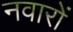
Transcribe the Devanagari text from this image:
नवारों